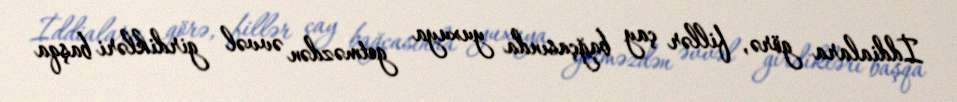
İddialara görə, fillər çay bağçasında yuxuya getməzdən əvvəl girdikləri başqa